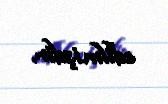
edilmişdir.